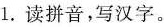
1.读拼音，写汉字。